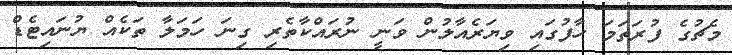
މެޗުގެ ފުރަތަމަ ހާފުގައި ވިޔަރެއާލުން ވަނީ ނުރައްކާތެރި ގިނަ ހަމަލާ ތަކެއް ޔުނައިޓެޑް